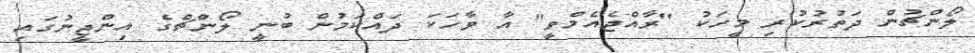
ލޯންޗުން ދަތުރުކުރި މީހަކު "ރާއްޖެއެމްވީ" އާ ވާހަކަ ދައްކަމުން ބުނީ ލޯންޗްގެ އިންޖީނުގައި